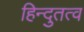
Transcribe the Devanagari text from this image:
हिन्दुतत्व